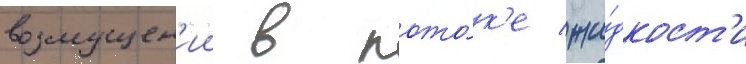
возмущен'ии в пото́к'е жи́дкост'и